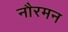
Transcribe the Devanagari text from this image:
नौरमन